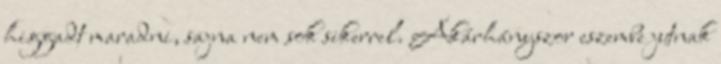
higgadt maradni, sajna nem sok sikerrel. Akárhányszor eszembe jutnak